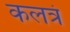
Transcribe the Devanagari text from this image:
कलत्रं